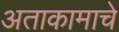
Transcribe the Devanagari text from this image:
अताकामाचे